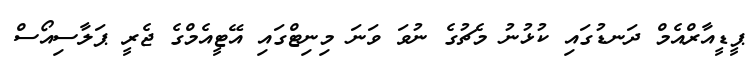
ޕީޑީއާރްއެމް ދަނޑުގައި ކުޅުނު މެޗުގެ ނުވަ ވަނަ މިނިޓްގައި އޭޓީއެމްގެ ޖެރީ ޕަލާސިއޯސް